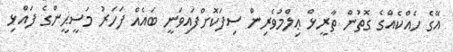
އޭގެ ހެއްކެއްގެ ގޮތުން ތާރީޅް ޢިލްމުވެރިން ސިފަކޮށްފައިވަނީ ބައެއް ފަހަރު މަސީޙީންގެ ފައްޅި